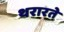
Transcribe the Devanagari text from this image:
थरारते